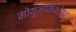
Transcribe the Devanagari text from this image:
मोयुन्किकोत्तु